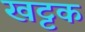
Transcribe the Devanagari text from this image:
खट्टक